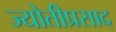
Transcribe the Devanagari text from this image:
ज्योतीप्रसाद